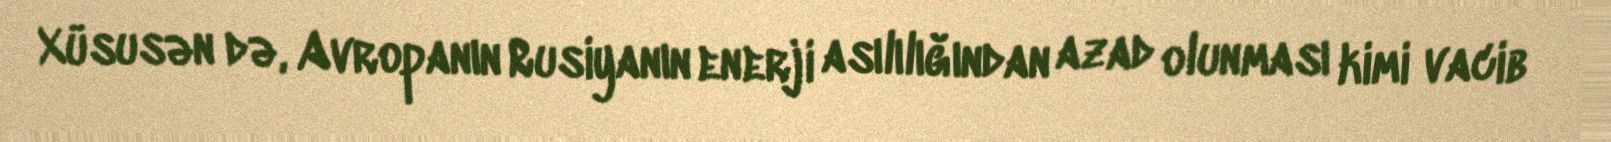
Xüsusən də, Avropanın Rusiyanın enerji asılılığından azad olunması kimi vacib